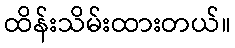
ထိန်းသိမ်းထားတယ်။